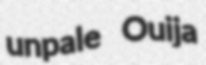
unpale Ouija